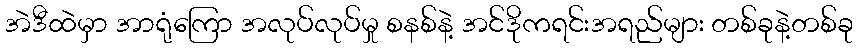
အဲဒီထဲမှာ အာရုံကြော အလုပ်လုပ်မှု စနစ်နဲ့ အင်ဒိုကရင်းအရည်များ တစ်ခုနဲ့တစ်ခု